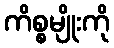
ကိစ္စမျိုးကို